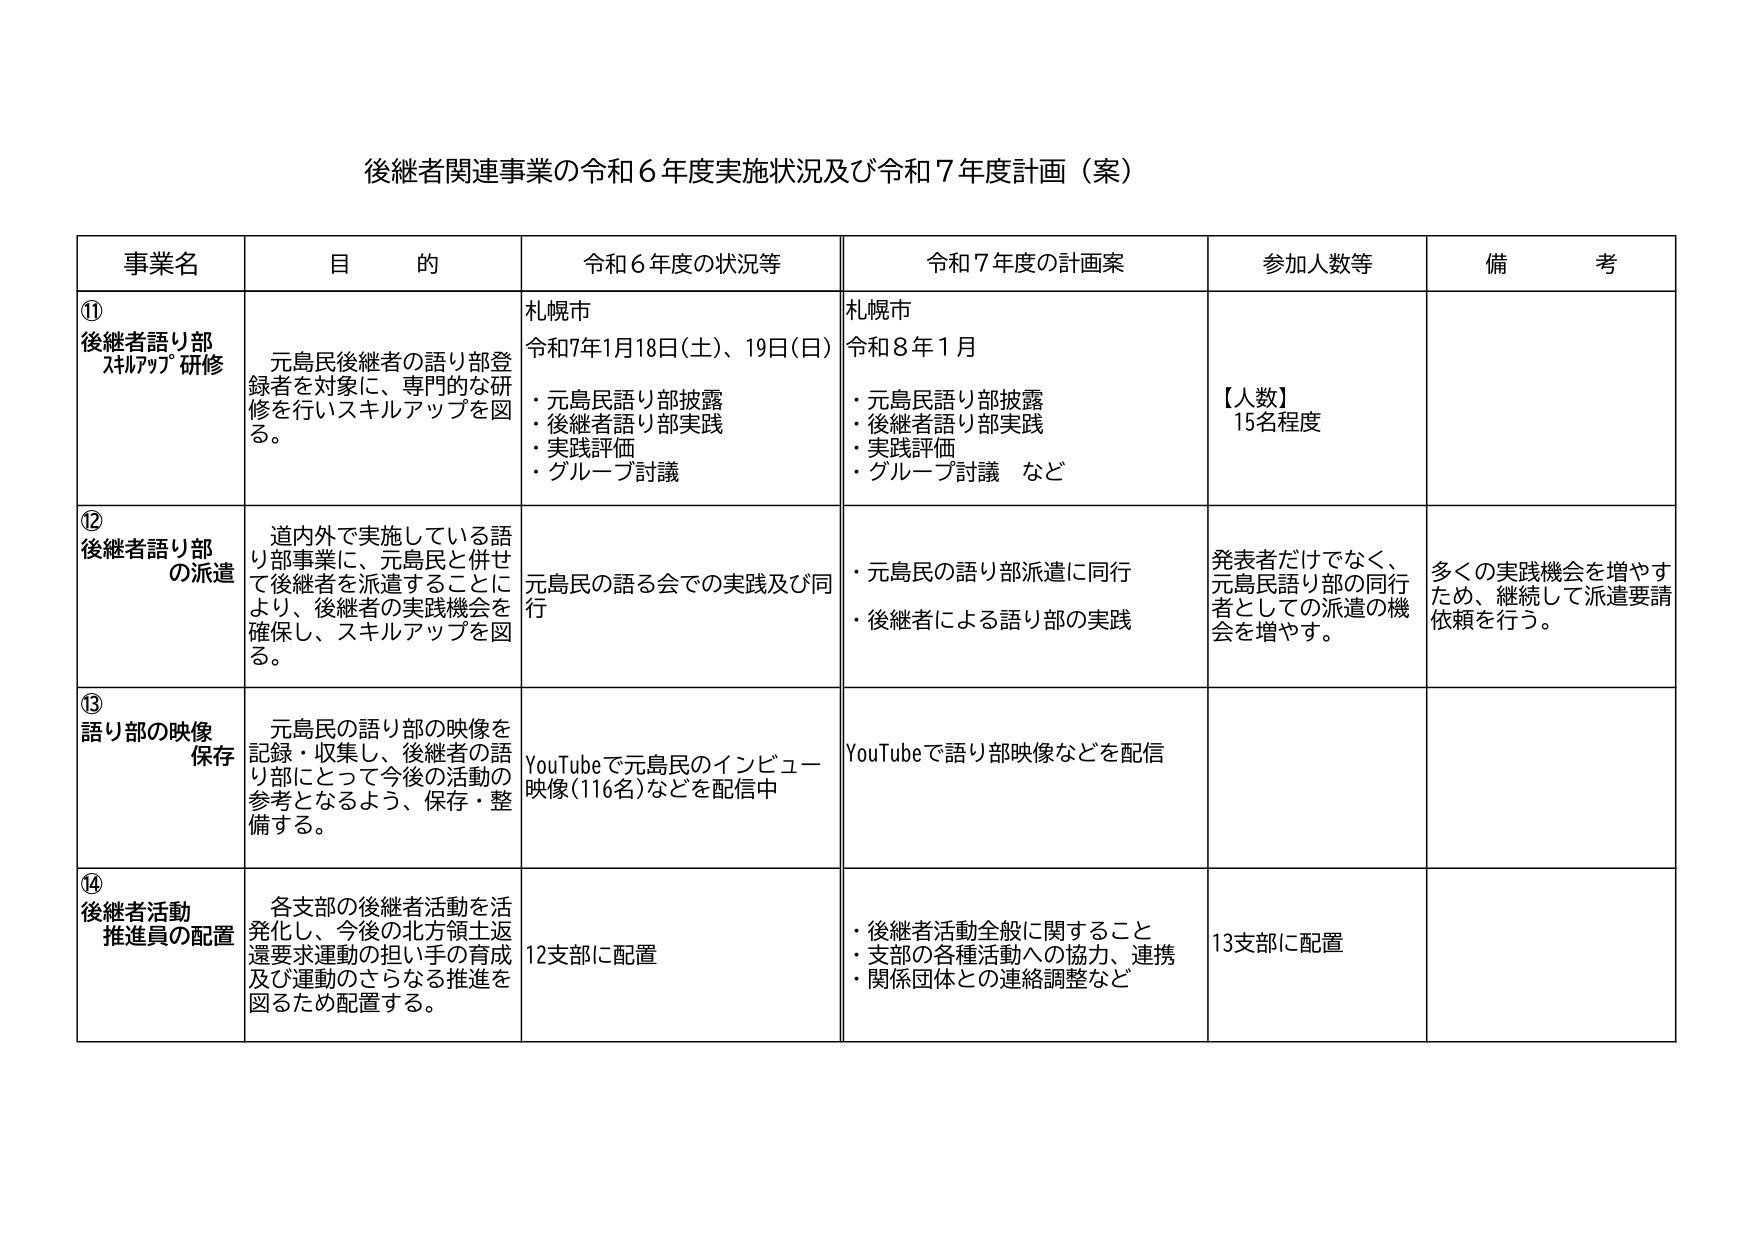
後継者関連事業の令和６年度実施状況及び令和７年度計画（案）

事業名　　　　　　目的　　　　　　　　　　令和６年度の状況等　　　　　　令和７年度の計画案　　　　　　参加人数等　　　　　　備考

⑪ 後継者語り部
　スキルアップ研修　　元島民後継者の語り部登録者を対象に、専門的な研修を行いスキルアップを図る。　　札幌市
　令和7年1月18日(土)、19日(日)
　・元島民語り部披露
　・後継者語り部実践
　・実践評価
　・グループ討議　　　　　　　　　　　　札幌市
　令和8年1月
　・元島民語り部披露
　・後継者語り部実践
　・実践評価
　・グループ討議 など　　　　　　　　　　【人数】
　15名程度

⑫ 後継者語り部
　の派遣　　　　　　道内外で実施している語り部事業に、元島民と併せて後継者を派遣することにより、後継者の実践機会を確保し、スキルアップを図る。　　元島民の語る会での実践及び同行　　　　　　・元島民の語り部派遣に同行
　・後継者による語り部の実践　　　　　　発表者だけでなく、
　元島民語り部の同行者としての派遣の機会を増やす。　　　　多くの実践機会を増やすため、継続して派遣要請依頼を行う。

⑬ 語り部の映像
　保存　　　　　　元島民の語り部の映像を記録・収集し、後継者の語り部にとって今後の活動の参考となるよう、保存・整備する。　　YouTubeで元島民のインタビュー映像(116名)などを配信中　　　　YouTubeで語り部映像などを配信

⑭ 後継者活動
　推進員の配置　　　各支部の後継者活動を活発化し、今後の北方領土返還要求運動の担い手の育成及び運動のさらなる推進を図るため配置する。　　12支部に配置　　　　　　・後継者活動全般に関すること
　・支部の各種活動への協力、連携
　・関係団体との連絡調整など　　　　　　13支部に配置